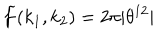
\widetilde { f } ( k _ { 1 } , k _ { 2 } ) = 2 \pi | \theta ^ { 1 2 } | \